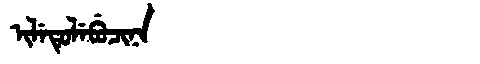
Manchu: ᡳᠯᡝᡨᡠᠯᡝᠪᡠᠴᡳᠨᠠ
Romanization: ILETULEBUCINA